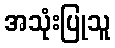
အသုံးပြုသူ